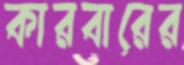
কারবারের